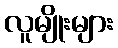
လူမျိုးများ